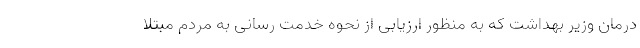
درمان وزیر بهداشت که به منظور ارزیابی از نحوه خدمت رسانی به مردم مبتلا